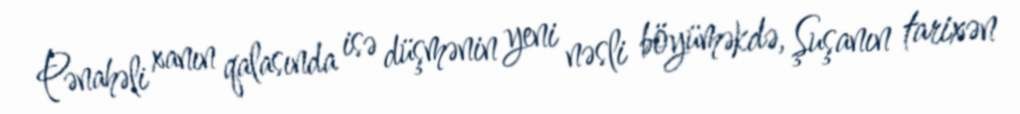
Pənahəli xanın qalasında isə düşmənin yeni nəsli böyüməkdə, Şuşanın tarixən